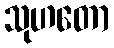
သုဟတော